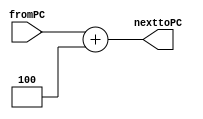
module PC_add4 #(
    parameter PC_WIDTH = 32
)(
	input    [PC_WIDTH-1:0] fromPC,
   output   [PC_WIDTH-1:0] nexttoPC
	);
assign nexttoPC = fromPC + 32'h00000004;
endmodule